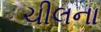
ચીલના